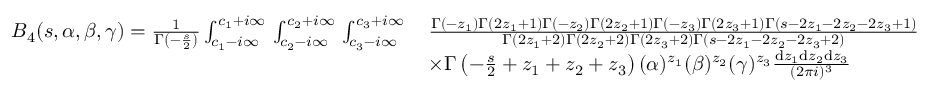
\begin{array} { r l } { B _ { 4 } ( s , \alpha , \beta , \gamma ) = \frac { 1 } { \Gamma \left( - \frac { s } { 2 } \right) } \int _ { c _ { 1 } - i \infty } ^ { c _ { 1 } + i \infty } \, \int _ { c _ { 2 } - i \infty } ^ { c _ { 2 } + i \infty } \, \int _ { c _ { 3 } - i \infty } ^ { c _ { 3 } + i \infty } \, } & { \frac { \Gamma \left( - z _ { 1 } \right) \Gamma \left( 2 z _ { 1 } + 1 \right) \Gamma \left( - z _ { 2 } \right) \Gamma \left( 2 z _ { 2 } + 1 \right) \Gamma \left( - z _ { 3 } \right) \Gamma \left( 2 z _ { 3 } + 1 \right) \Gamma \left( s - 2 z _ { 1 } - 2 z _ { 2 } - 2 z _ { 3 } + 1 \right) } { \Gamma \left( 2 z _ { 1 } + 2 \right) \Gamma \left( 2 z _ { 2 } + 2 \right) \Gamma \left( 2 z _ { 3 } + 2 \right) \Gamma \left( s - 2 z _ { 1 } - 2 z _ { 2 } - 2 z _ { 3 } + 2 \right) } } \\ & { \times \Gamma \left( - \frac { s } { 2 } + z _ { 1 } + z _ { 2 } + z _ { 3 } \right) ( \alpha ) ^ { z _ { 1 } } ( \beta ) ^ { z _ { 2 } } ( \gamma ) ^ { z _ { 3 } } \frac { \mathrm { d } z _ { 1 } \mathrm { d } z _ { 2 } \mathrm { d } z _ { 3 } } { ( 2 \pi i ) ^ { 3 } } } \end{array}